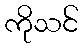
ကိုသင်